Report on vaccination in the Province of Bengal - 1869-1873
Year: 1869
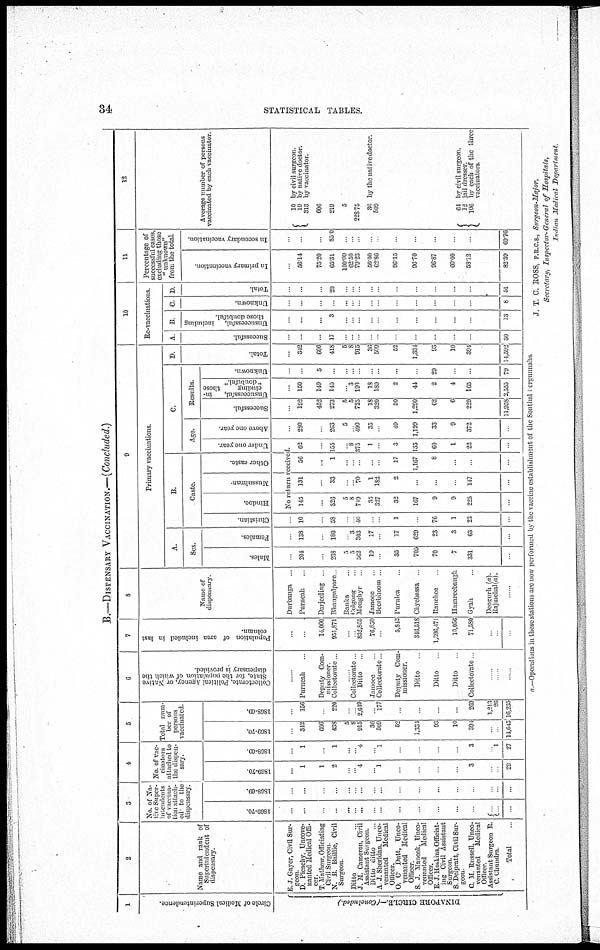
34
STATISTICAL TABLES.
B.—DISPENSARY VACCINATION.—(Concluded.)
1
Circle of Medical Superintendence.
DINAPORE CIRCLE.—(Concluded)
2
Name and rank of
Superintendent of
dispensary.
E. J. Gayer, Civil Sur-
-----
D. Picachy, Uncove-
nanted Medical Offi-
cer.
T. Mathew, Officiating
Civil Surgeon.
N. B. Bailhe, Civil
Surgeon.
Ditto ...
J. M. Cameron, Civil
Assistant Surgeon.
Ditto ditto ...
A. J. Sheridan, Unco-
venanted
Medical
Officer.
O. C. Dutt, Unco-
venanted Medical
Officer.
S. J. Manook, Unco-
vennnted
Medical
Officer.
E. J. Hoskins,Offciat-
ing Civil Assistant
Surgeon.
S. Delpratt, Civil Sur-
geon.
C. M. Russell, Unco-
venanted Medical
Officer.
Assistant Surgeon R.
C. Chundra.
Total ...
3
No. of Na-
tive Super-
intendents
of vaccina-
tion attach-
ed to the
dispensary.
1869-70
...
...
...
...
...
...
...
...
...
...
...
...
...
...
...
...
...
1868-69.
...
...
...
...
...
...
...
...
...
...
...
...
...
...
...
...
...
4
No. of vac-
cinators
attached to
the dispen-
sary
1869-70.
...
1
1
2
...
... 4
... 1
...
...
...
...
3
...
...
29
1868-69.
...
1
...
1
...
...
4
...
1
...
...
...
...
3
...
1
27
5
Total num-
ber of
persons
vaccinated.
1869-70.
...
342
606
438
5
8
915
36
509
52
1,334
93
10
394
...
...
14,643
1868-69.
...
156
...
220
...
...
2,649
...
177
...
...
...
...
269
1,213
26
16,235
6
or Native
which the
...
Purneah ...
Deputy Com-
missioner.
Collectorate ...
......
Collectorate ...
Ditto ...
Jamoee ...
Collectorate ...
Deputy Com-
missioner.
Ditto ...
Ditto ...
Ditto ...
Collectorate ...
...
...
......
7
Population of area included in last
column.
...
...
14,000
951,871
...
...
832,865
76,850
...
5,842
346,518
1,396,471
10,056
71,580
...
...
...
8
Name of
dispensary
Durbanga ...
Purneah ...
Darjeeling ...
Bhaugulpore ...
Banka ...
Colgong ...
Monghyr ...
Jamoee ...
Beerbhoom ...
Purulea ...
Chyebassa ...
Ranchee ...
Hazareebaugh ...
Gyah ...
Deogurh (a).
Rajmchal(a).
......
9
Primary vaccinations.
A.
Sex.
Males.
...
204
...
238
5
5
562
19
...
35
705
70
7
331
...
Females.
...
138
...
180
...
3
303
17
...
17
629
23
3
63
...
B.
Caste.
Christian
...
10
...
58
...
...
46
...
...
1
...
76
1
22
...
Hindoo.
Mussulman.
Other caste.
C.
Age.
Under one year
No return received.
145
...
326
5
8
719
35
327
32
167
9
9
225
...
131
...
33
... ...
70
1
182
2
...
...
...
147
...
56
...
1
...
...
...
... ...
17
1,167
8
...
...
...
62
...
155
...
8
375
1
...
3
135
60
1
22
...
Above one year.
...
280
...
263
5
...
490
35
...
49
1,199
33
9
372
...
Results.
Successful.
...
192
452
273
5
5
725
18
320
50
1,290
62
6
229
11,958
Unsuccessful,
in-
cluding
those
" doubtful"
...
150
149
145
...
3
190
18
189
2
44
2
4
165
2,555
Unknown.
...
...
5
...
...
... ...
... ...
...
...
29
...
...
79
D.
Total.
...
342
606
418
5
8
915
36
509
52
1,334
93
10
394
14,592
10
Re-vaccinations.
A
Successful.
...
...
...
17
...
... ...
...
...
...
...
...
...
...
30
B.
Unsuccessful,
including
those doubtful.
...
...
...
3
...
...
...
... ...
...
...
...
...
...
13
C.
Unknown.
...
...
...
...
...
...
...
...
...
...
...
...
...
...
8
D.
Total.
...
...
...
20
...
...
...
...
...
...
...
...
...
...
51
11
Percentage of
successful cases,
excluding those
" unknown"
from the total
In primary vaccination.
...
56.14
75.20
65.31
100.00
62.50
79.23
50.00
62.86
96.15
96.70
96.87
60.00
58.12
82.39
In secondary vaccination.
...
...
...
85.0
...
...
...
...
...
...
...
...
...
...
69.76
12
Average number of persons
vaccinated by each vaccinator.
10 by civil surgeon.
19 by native doctor.
313 by vaccinator.
606
219
5
228.75
36 by the native doctor.
509
64 by civil surgeon.
12 jail dresser.
106 by each of the three
vaccinators
a.— Operations in these stations are now performed by the vaccine establishment of the Sonthal Pergunnahs.
J. T. C. ROSS, F.R.C.S., Surgeon-Major,
Secretary, Inspector-General of Hospitals,
Indian Medical Department.